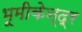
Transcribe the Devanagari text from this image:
भूमीकेन्द्र